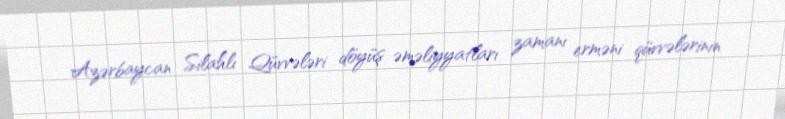
Azərbaycan Silahlı Qüvvələri döyüş əməliyyatları zamanı erməni qüvvələrinin